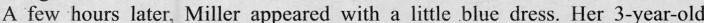
A few hours later, Miller appeared with alittle blue dress. Her 3-year-old